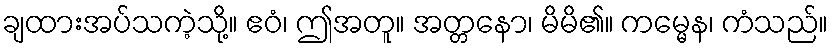
ချထားအပ်သကဲ့သို့။ ဧဝံ၊ ဤအတူ။ အတ္တနော၊ မိမိ၏။ ကမ္မေန၊ ကံသည်။